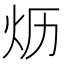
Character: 𱪪